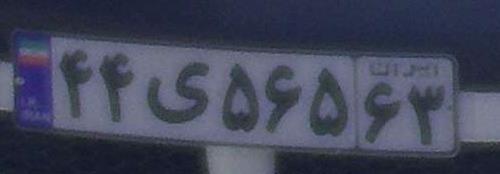
۴۴ی۵۶۵۶۳